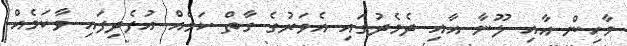
މާހިން އާއި ލޫނާ އާއި ދެމެދުގައި އެވަރުގެ ގާތް ކަމެއް އުފެދިފައި ވާކަމެއް